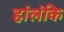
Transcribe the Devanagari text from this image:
हांलंकि